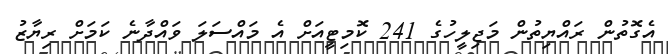
އެގޮތުން ރައްޔިތުން މަޖިލީހުގެ 241 ކޮމިޓީއަށް އެ މައްސަލަ ވައްދާނެ ކަމަށް ރިޔާޒު